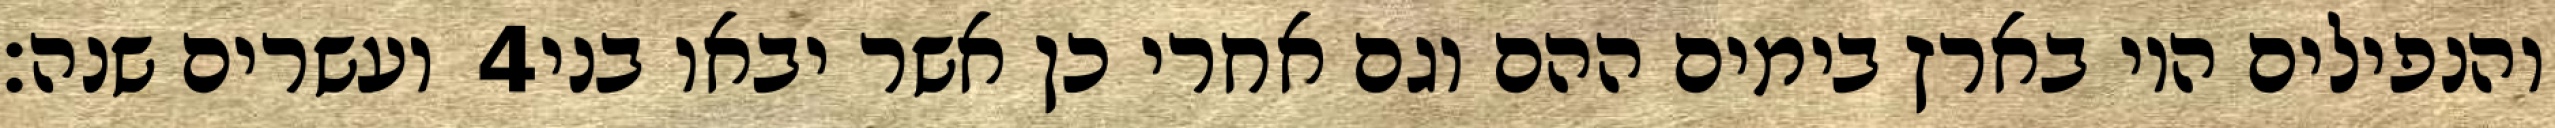
ועשרים שנה׃ ‎4‏ והנפילים היו בארץ בימים ההם וגם אחרי כן אשר יבאו בני